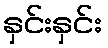
နှင်းနှင်း